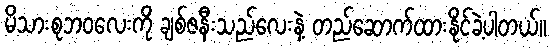
မိသားစုဘဝလေးကို ချစ်ဇနီးသည်လေးနဲ့ တည်ဆောက်ထားနိုင်ခဲ့ပါတယ်။